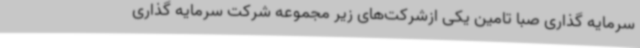
سرمایه گذاری صبا تامین یکی ازشرکت‌های زیر مجموعه شرکت سرمایه گذاری